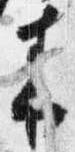
来